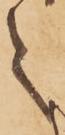
之